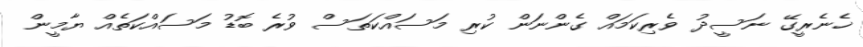
ޚެނެރީގޭ ނަސީދު ވެރިކަމައް ގެންނަން ކުރި މަސައްކަތަސް ވުރެ ބޮޑު މަސައްކަތެއް ޔާމީން